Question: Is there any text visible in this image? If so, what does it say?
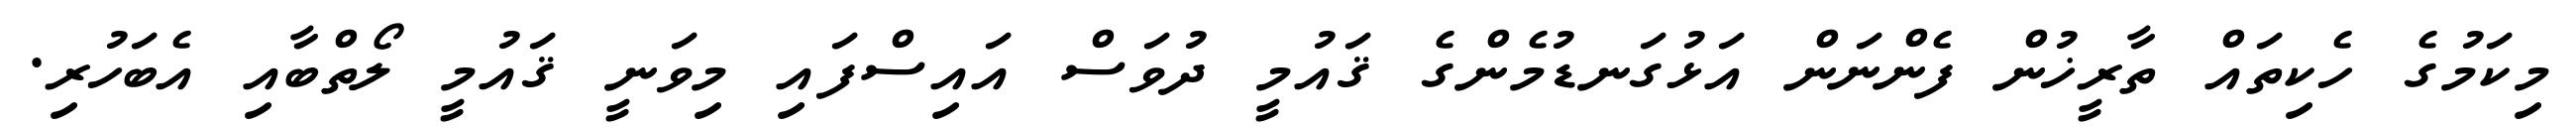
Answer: މިކަމުގެ ހެކިތައް ތާރީޚުން ފެންނަން އަޅުގަނޑުމެންގެ ޤައުމީ ދުވަސް އައިސްފައި މިވަނީ ޤައުމީ ލޯތްބާއި އެބަހުރި.